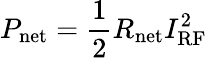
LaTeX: P_{\mathrm{net}}=\frac{1}{2}R_{\mathrm{net}}I_{\mathrm{RF}}^{2}